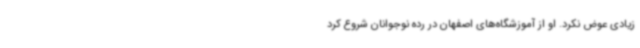
زیادی عوض نکرد. او از آموزشگاه‌های اصفهان در رده نوجوانان شروع کرد